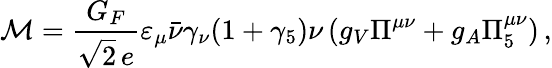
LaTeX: {\cal M}=\frac{G_{F}}{\sqrt{2}\, e}\varepsilon_{\mu}\bar{\nu}\gamma_{\nu}(1+\gamma_{5})\nu\, (g_{V}\Pi^{\mu\nu}+g_{A}\Pi_{5}^{\mu\nu})\, ,